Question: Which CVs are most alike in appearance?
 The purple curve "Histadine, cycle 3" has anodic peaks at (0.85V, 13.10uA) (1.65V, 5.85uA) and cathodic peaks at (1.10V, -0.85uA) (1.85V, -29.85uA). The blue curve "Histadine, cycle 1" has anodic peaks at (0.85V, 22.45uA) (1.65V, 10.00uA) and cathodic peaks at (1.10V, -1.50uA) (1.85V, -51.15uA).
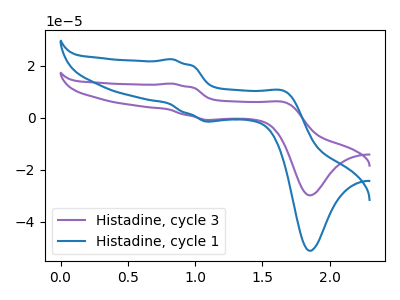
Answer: <think>All the peaks in "Histadine, cycle 3" have a peak in "Histadine, cycle 1" at the same potential. Every peak in "Histadine, cycle 3" is lower than every peak in "Histadine, cycle 1".
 </think>
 <answer>"Histadine, cycle 1" and "Histadine, cycle 3" have the same shape and are likely CV's of the same chemical.</answer>
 <eval>"Histadine, cycle 1" "Histadine, cycle 3"</eval>